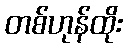
တစ်ဟုန်ထိုး